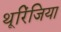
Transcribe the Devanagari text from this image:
थूरिंजिया